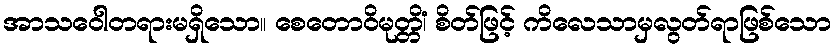
အာသဝေါတရားမရှိသော။ စေတောဝိမုတ္တိံ၊ စိတ်ဖြင့် ကိလေသာမှလွတ်ရာဖြစ်သော